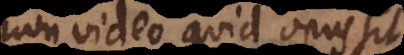
non video quid opus sit